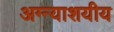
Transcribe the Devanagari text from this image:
अग्न्याशयीय